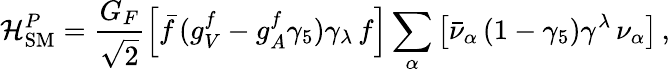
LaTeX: \mathcal{H}_{\mathrm{SM}}^{P}=\frac{G_{F}}{\sqrt{2}}\left[\bar{f}\, (g_{V}^{f}-g_{A}^{f}\gamma_{5})\gamma_{\lambda}\, f\right]\sum_{\alpha}\left[\bar{\nu}_{\alpha}\, (1-\gamma_{5})\gamma^{\lambda}\, \nu_{\alpha}\right]\, ,